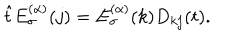
\hat { t } E _ { \sigma } ^ { ( \alpha ) } ( j ) = E _ { \sigma } ^ { ( \alpha ) } ( k ) D _ { k j } ( t ) .